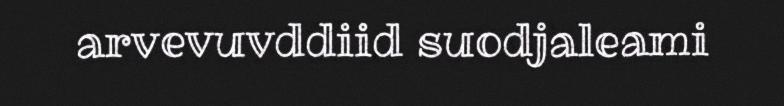
arvevuvddiid suodjaleami